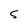
Character: 5